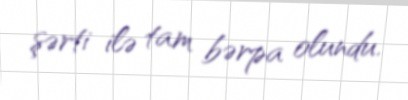
şərti ilə tam bərpa olundu.